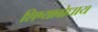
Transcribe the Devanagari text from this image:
शिष्याबोधाय